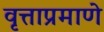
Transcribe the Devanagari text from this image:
वृत्ताप्रमाणे